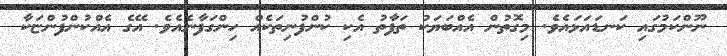
ނޫންކަމުގައި ކަނޑައަޅައެވެ. މިގޮތުން އެއްބަޔަކު ތަފާތު އެކި ކުންފުނިތަކެއް ހިންގަފާނެއެވެ. އޭގެ އެއްކުންފުންޏަކާ